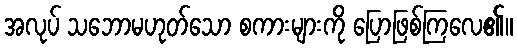
အလုပ် သဘောမဟုတ်သော စကားများကို ပြောဖြစ်ကြလေ၏။